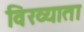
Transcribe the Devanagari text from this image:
विख्याता